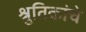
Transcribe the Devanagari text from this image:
श्रुतिकांचे